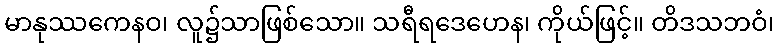
မာနုဿကေနဝ၊ လူ၌သာဖြစ်သော။ သရီရဒေဟေန၊ ကိုယ်ဖြင့်။ တိဒသဘဝံ၊